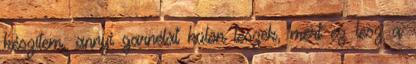
készítem, annyi garnélát külön teszek, mert ez lesz a